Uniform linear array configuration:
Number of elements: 48
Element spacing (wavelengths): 1
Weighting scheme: cosine
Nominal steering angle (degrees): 15
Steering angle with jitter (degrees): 13.28
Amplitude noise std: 0.05
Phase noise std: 0.05

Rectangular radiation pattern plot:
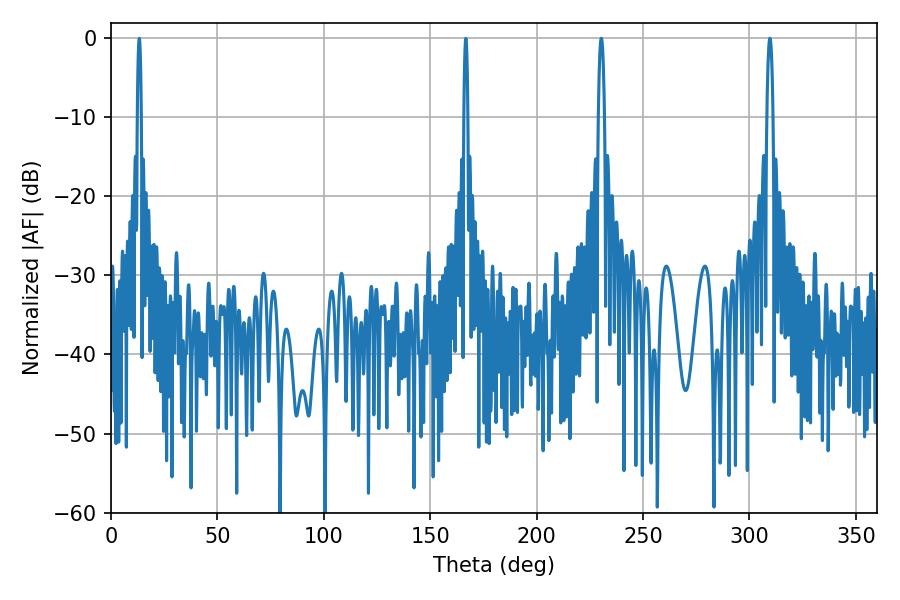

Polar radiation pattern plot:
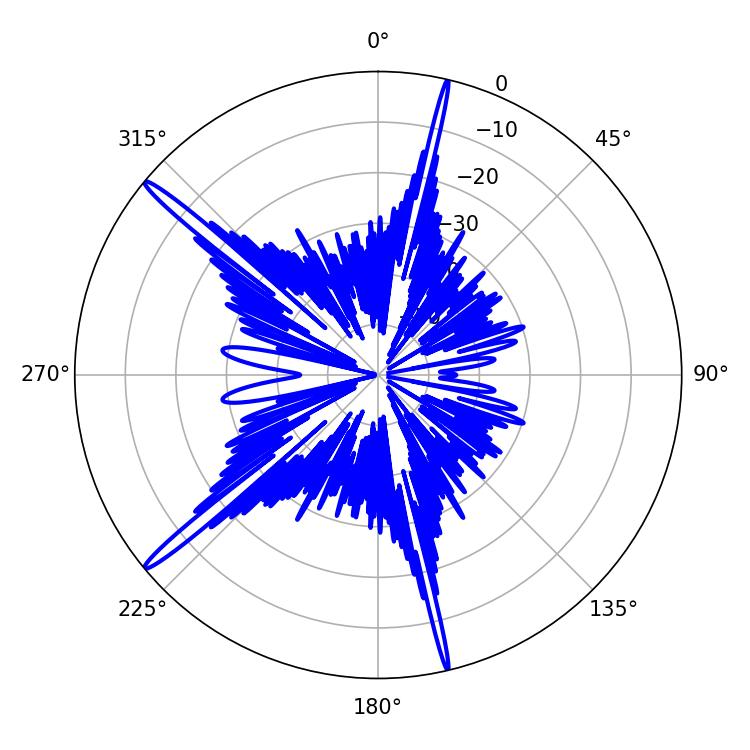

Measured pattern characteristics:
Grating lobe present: TRUE
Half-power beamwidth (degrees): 1.44
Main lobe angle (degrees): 230.4